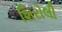
શિરોલી